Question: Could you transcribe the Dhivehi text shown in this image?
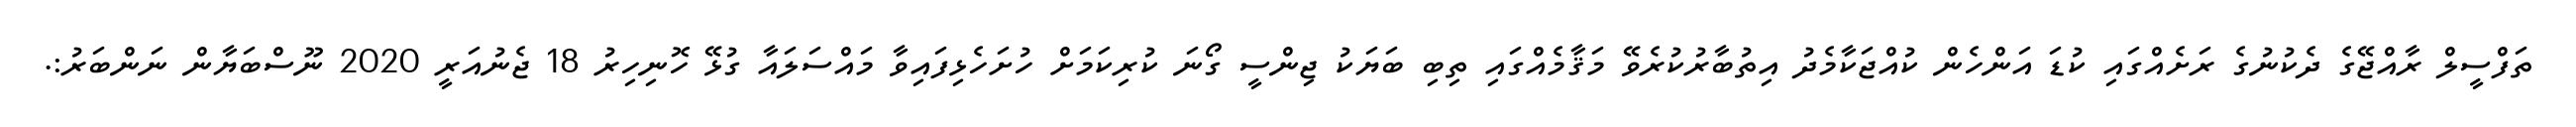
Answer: ތަފްސީލް ރާއްޖޭގެ ދެކުނުގެ ރަށެއްގައި ކުޑަ އަންހެން ކުއްޖަކާމެދު އިތުބާރުކުރެވޭ މަޤާމެއްގައި ތިބި ބަޔަކު ޖިންސީ ގޯނަ ކުރިކަމަށް ހުށަހެޅިފައިވާ މައްސަލައާ ގުޅޭ ހޮނިހިރު 18 ޖެނުއަރީ 2020 ނޫސްބަޔާން ނަންބަރު:.